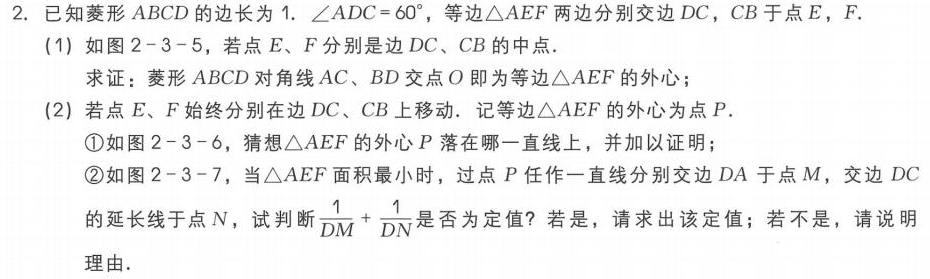
2. 已知菱形 \(ABCD\) 的边长为 \(1\). \(\angle ADC = 60^{\circ}\)，等边\(\triangle AEF\)两边分别交边 \(DC\)，\(CB\) 于点 \(E\)，\(F\).
(1) 如图 \(2 - 3 - 5\)，若点 \(E\)、\(F\) 分别是边 \(DC\)、\(CB\) 的中点.
   求证：菱形 \(ABCD\) 对角线 \(AC\)、\(BD\) 交点 \(O\) 即为等边\(\triangle AEF\) 的外心；
(2) 若点 \(E\)、\(F\) 始终分别在边 \(DC\)、\(CB\) 上移动. 记等边\(\triangle AEF\) 的外心为点 \(P\).
    \textcircled{1}如图 \(2 - 3 - 6\)，猜想\(\triangle AEF\) 的外心 \(P\) 落在哪一直线上，并加以证明；
    \textcircled{2}如图 \(2 - 3 - 7\)，当\(\triangle AEF\) 面积最小时，过点 \(P\) 任作一直线分别交边 \(DA\) 于点 \(M\)，交边 \(DC\) 的延长线于点 \(N\)，试判断\(\frac{1}{DM}+\frac{1}{DN}\)是否为定值？若是，请求出该定值；若不是，请说明理由.